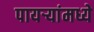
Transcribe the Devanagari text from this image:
पायऱ्यांमध्ये